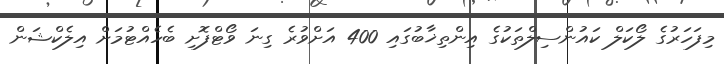
މިފަހަރުގެ ލޯކަލް ކައުންސިލްތަކުގެ އިންތިޚާބުގައި 400 އަށްވުރެ ގިނަ ވޯޓްފޮށި ބެހެއްޓުމަށް އިލެކްޝަން